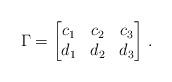
LaTeX: \begin{align*}\Gamma= \begin{bmatrix} c_1 & c_2 & c_3 \\ d_1 & d_2 & d_3\end{bmatrix}\,.\end{align*}